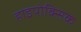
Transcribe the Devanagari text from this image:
हाइपोक्सिक